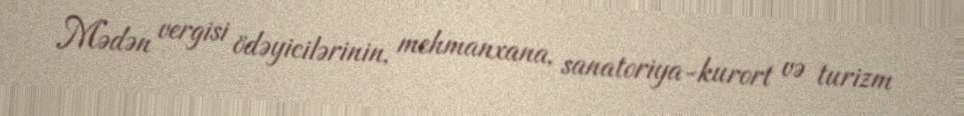
Mədən vergisi ödəyicilərinin, mehmanxana, sanatoriya-kurort və turizm